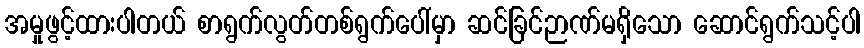
အမှုဖွင့်ထားပါတယ် စာရွက်လွတ်တစ်ရွက်ပေါ်မှာ ဆင်ခြင်ဉာဏ်မရှိသော ဆောင်ရွက်သင့်ပါ